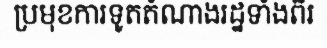
ប្រមុខការទូតតំណាងរដ្ឋទាំងពីរ